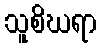
သူစိဃရာ